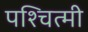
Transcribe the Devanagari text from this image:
पश्चित्मी